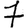
Digit: 7